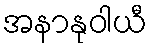
အနာနုဝါယီ